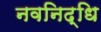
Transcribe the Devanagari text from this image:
नवनिद्धि